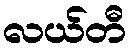
လယ်တီ